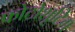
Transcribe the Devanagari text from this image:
फोटोशूटिंग